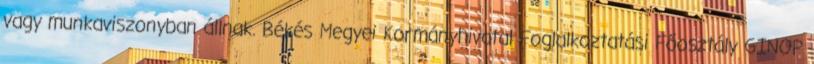
vagy munkaviszonyban állnak. Békés Megyei Kormányhivatal Foglalkoztatási Főosztály GINOP